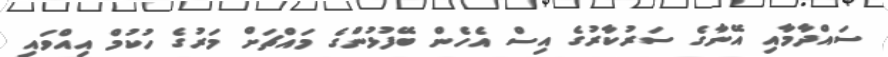
ސައްދާމާއި އޭނާގެ ސަރުކާރުގެ އިސް އެހެން ބޭފުޅުންގެ މައްޗަށް މަރުގެ ހުކުމް އިއްވައި